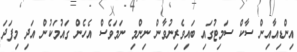
އިންޑިއާއިން ސާކް ސަމިޓުގައި ބައިވެރިނުވާން ނިންމި ނަަމަވެސް އެހެން ގައުމަކުން އަދި މިފަދަ